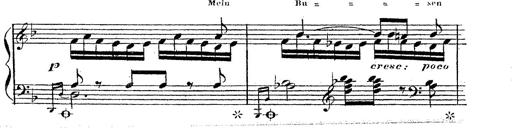
Title: 12 Lieder von Franz Schubert
Composer: Franz Liszt